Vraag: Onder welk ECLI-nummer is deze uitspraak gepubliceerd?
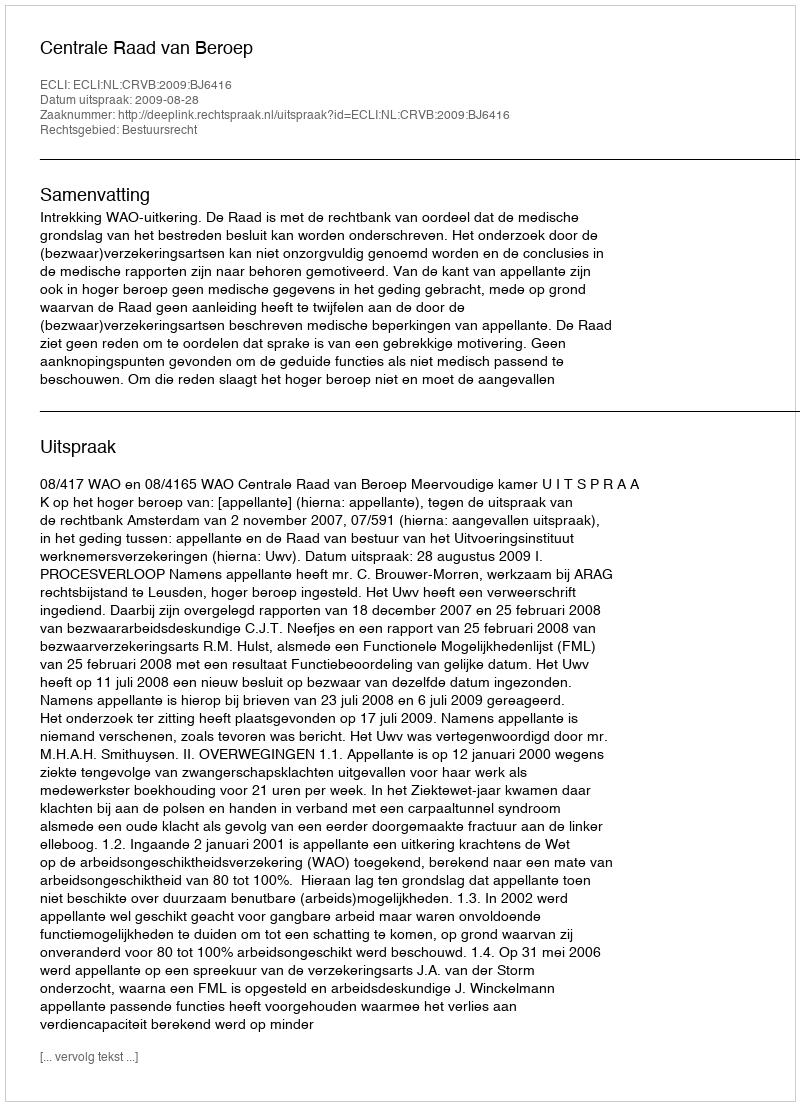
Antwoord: ECLI:NL:CRVB:2009:BJ6416